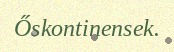
Őskontinensek.